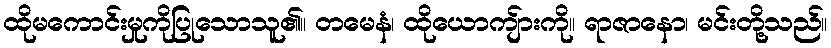
ထိုမကောင်းမှုကိုပြုသောသူ၏။ တမေနံ၊ ထိုယောကျ်ားကို။ ရာဇာနော၊ မင်းတို့သည်။